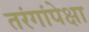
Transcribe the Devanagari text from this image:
तरंगांपेक्षा